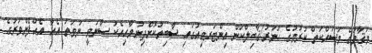
މަޤާމުގެ މަސައްކަތް ކުރުމުގެ ހުނަރު/ޤާބިލްކަން އިންޓަރވިއުގައި ސާބިތުކޮށްދިނުމާއިއެކު ސާނަވީ ނުވަތަ އެއާ އެއްފެންވަރުގެ